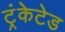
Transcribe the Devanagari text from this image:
ट्रंकेटेड